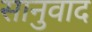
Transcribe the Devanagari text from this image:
सानुवाद